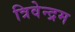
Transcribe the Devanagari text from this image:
त्रिवेन्‍द्रम